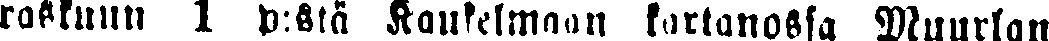
raskuun 1 p:stä Kaukelmaan kartanossa Muurlan